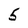
Character: 5